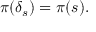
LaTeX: \pi ( \delta _ { s } ) = \pi ( s ) .